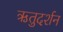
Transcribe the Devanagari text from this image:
ऋतुदर्शन